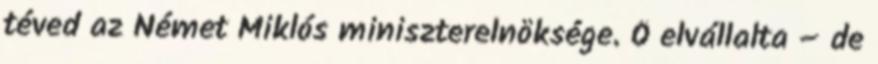
téved az Német Miklós miniszterelnöksége. Ő elvállalta – de